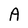
Character: A